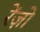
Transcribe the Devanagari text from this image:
रेंज़ो